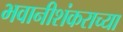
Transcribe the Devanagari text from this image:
भवानीशंकराच्या